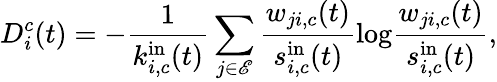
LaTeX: D_{i}^{c}(t)=-\frac{1}{k_{i,c}^{\mathrm{in}}(t)}\sum_{j\in{\mathscr{E}}}\frac{w_{ji,c}(t)}{s_{i,c}^{\mathrm{in}}(t)}\mathrm{log}\frac{w_{ji,c}(t)}{s_{i,c}^{\mathrm{in}}(t)},